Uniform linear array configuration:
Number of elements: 16
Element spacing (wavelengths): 0.25
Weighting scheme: binomial
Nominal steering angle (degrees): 0
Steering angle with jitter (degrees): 0.6537
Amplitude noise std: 0.05
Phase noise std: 0.05

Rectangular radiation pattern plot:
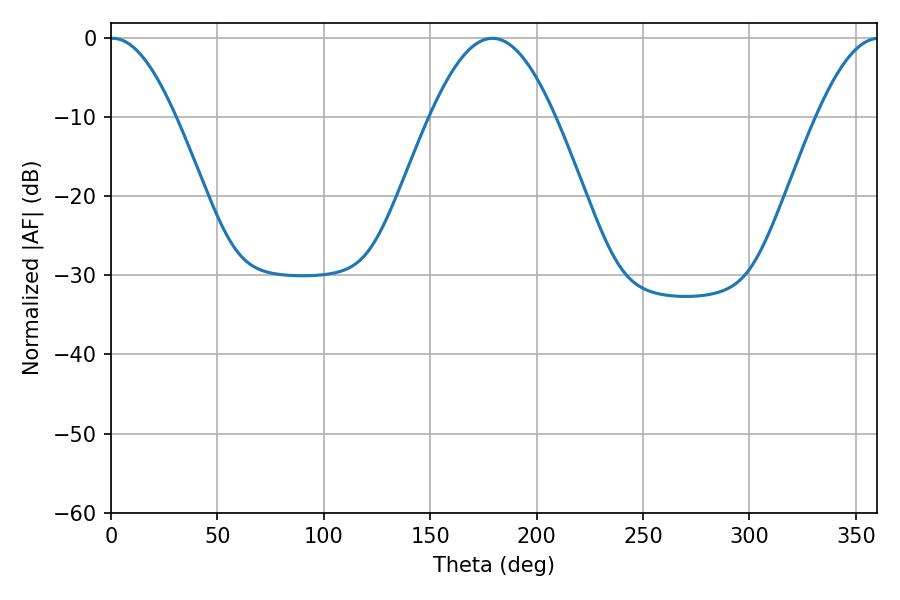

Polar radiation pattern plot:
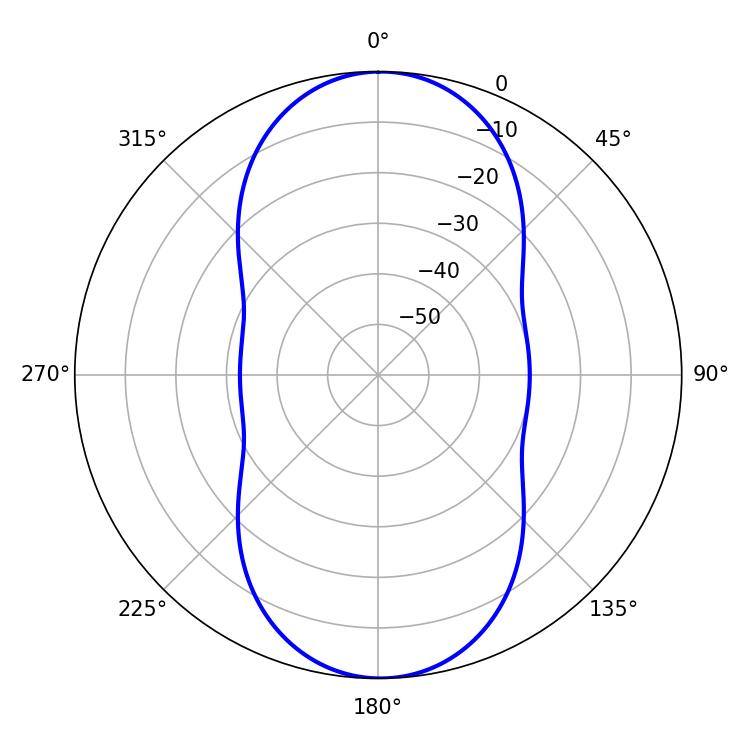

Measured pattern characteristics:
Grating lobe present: FALSE
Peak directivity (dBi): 20.628
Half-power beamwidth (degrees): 16.74
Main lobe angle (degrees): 0.72